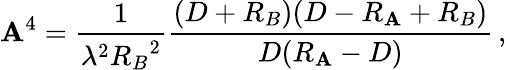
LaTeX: \mathbf{A}^{4}={\frac{{1}}{{\lambda^{2}{R_{B}}^{2}}}}{\frac{{(D+R_{B})(D-R_{\mathbf{A}}+R_{B})}}{{D(R_{\mathbf{A}}-D)}}}\, ,